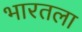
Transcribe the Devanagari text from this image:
भारतला